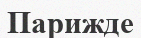
Парижде